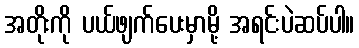
အတိုးကို ပယ်ဖျက်ပေးမှာမို့ အရင်းပဲဆပ်ပါ။